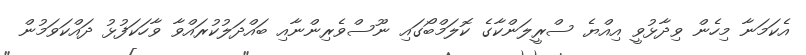
އެކަމަނާ މިހެން ވިދާޅުވީ އިއްޔެ ސްރީލަންކާގެ ކޮލަމްބޯގައި ނޫސްވެރިންނާއި ބައްދަލުކުރައްވާ ވާހަކަފުޅު ދައްކަވަމުން